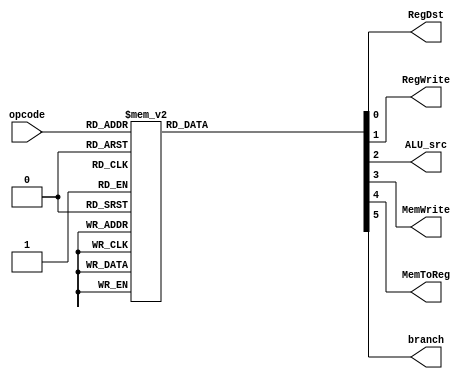
`timescale 1ns / 1ps
//////////////////////////////////////////////////////////////////////////////////
// Company: 
// Engineer: 
// 
// Design Name: 
// Module Name: control
// Project Name: 
// Target Devices: 
// Tool Versions: 
// Description: Creates control signals for a given opCode
// 
// Dependencies: 
// 
// Revision:
// Revision 0.01 - File Created
// Additional Comments:
// 
//////////////////////////////////////////////////////////////////////////////////


module control(opcode,RegDst,RegWrite,ALU_src,MemWrite,MemToReg,branch);
input[3:0] opcode;
output reg RegDst,branch,MemToReg,MemWrite,RegWrite,ALU_src;

always @*
case (opcode)
      4'b0000: //AND : 0
              begin 
              RegDst=1;
              RegWrite=1; 
              ALU_src =0; 
              MemWrite=0;
              MemToReg=0; 
              branch=0;
              end 
      4'b0001: //OR : 1
              begin 
              RegDst=1; 
              RegWrite=1; 
              ALU_src =0; 
              MemWrite=0; 
              MemToReg=0; 
              branch=0;
              end
      4'b0010: //ADD : 2
              begin 
              RegDst=1; 
              RegWrite=1; 
              ALU_src =0; 
              MemWrite=0; 
              MemToReg=0; 
              branch=0;
              end 
      4'b0110: //SUB
              begin
              RegDst=1; 
              RegWrite=1; 
              ALU_src =0; 
              MemWrite=0; 
              MemToReg=0; 
              branch=0;
               end 
      4'b0111: //SLT
              begin 
              RegDst=1; 
              RegWrite=1; 
              ALU_src =0; 
              MemWrite=0; 
              MemToReg=0; 
              branch=0;
              end 
      4'b1000: //LW
              begin  
              RegDst=0; 
              RegWrite=1; 
              ALU_src =1; 
              MemWrite=0; 
              MemToReg=1; 
              branch=0;
              end
      4'b1010: //SW
              begin 
              RegDst=1; 
              RegWrite=0; 
              ALU_src =1; 
              MemWrite=1; 
              MemToReg=0; 
              branch=0;
              end 
      4'b1110: //BNE
              begin 
              RegDst=1; 
              RegWrite=0; 
              ALU_src =0; 
              MemWrite=0; 
              MemToReg=0; 
              branch=1;
              end
      default:
              begin 
              RegDst=0; 
              RegWrite=0; 
              ALU_src =0; 
              MemWrite=0; 
              MemToReg=0; 
              branch=0;
              end
   endcase


endmodule